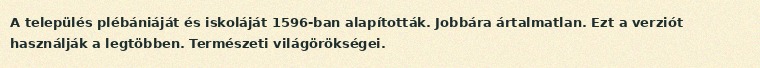
A település plébániáját és iskoláját 1596-ban alapították. Jobbára ártalmatlan. Ezt a verziót használják a legtöbben. Természeti világörökségei.